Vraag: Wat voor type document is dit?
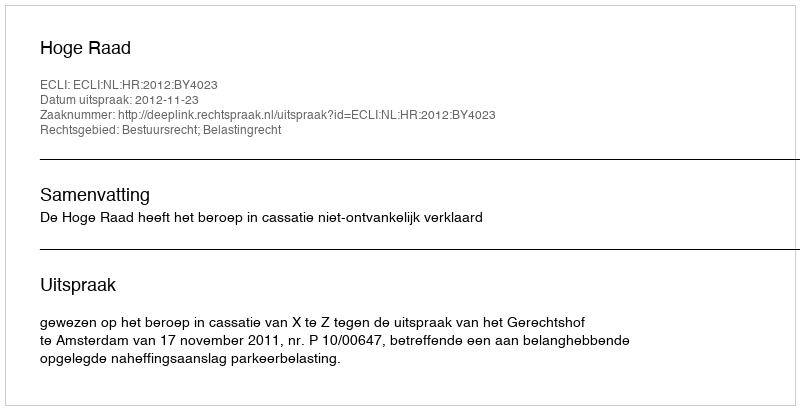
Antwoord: Uitspraak